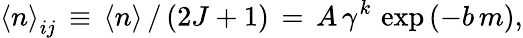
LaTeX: {\langle n\rangle}_{ij}\, \equiv\, {\langle n\rangle}\, /\, (2J+1)\, =\, A\, \gamma^{k}\, \exp{(-b\, m)},